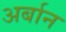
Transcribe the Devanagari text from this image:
अर्बान